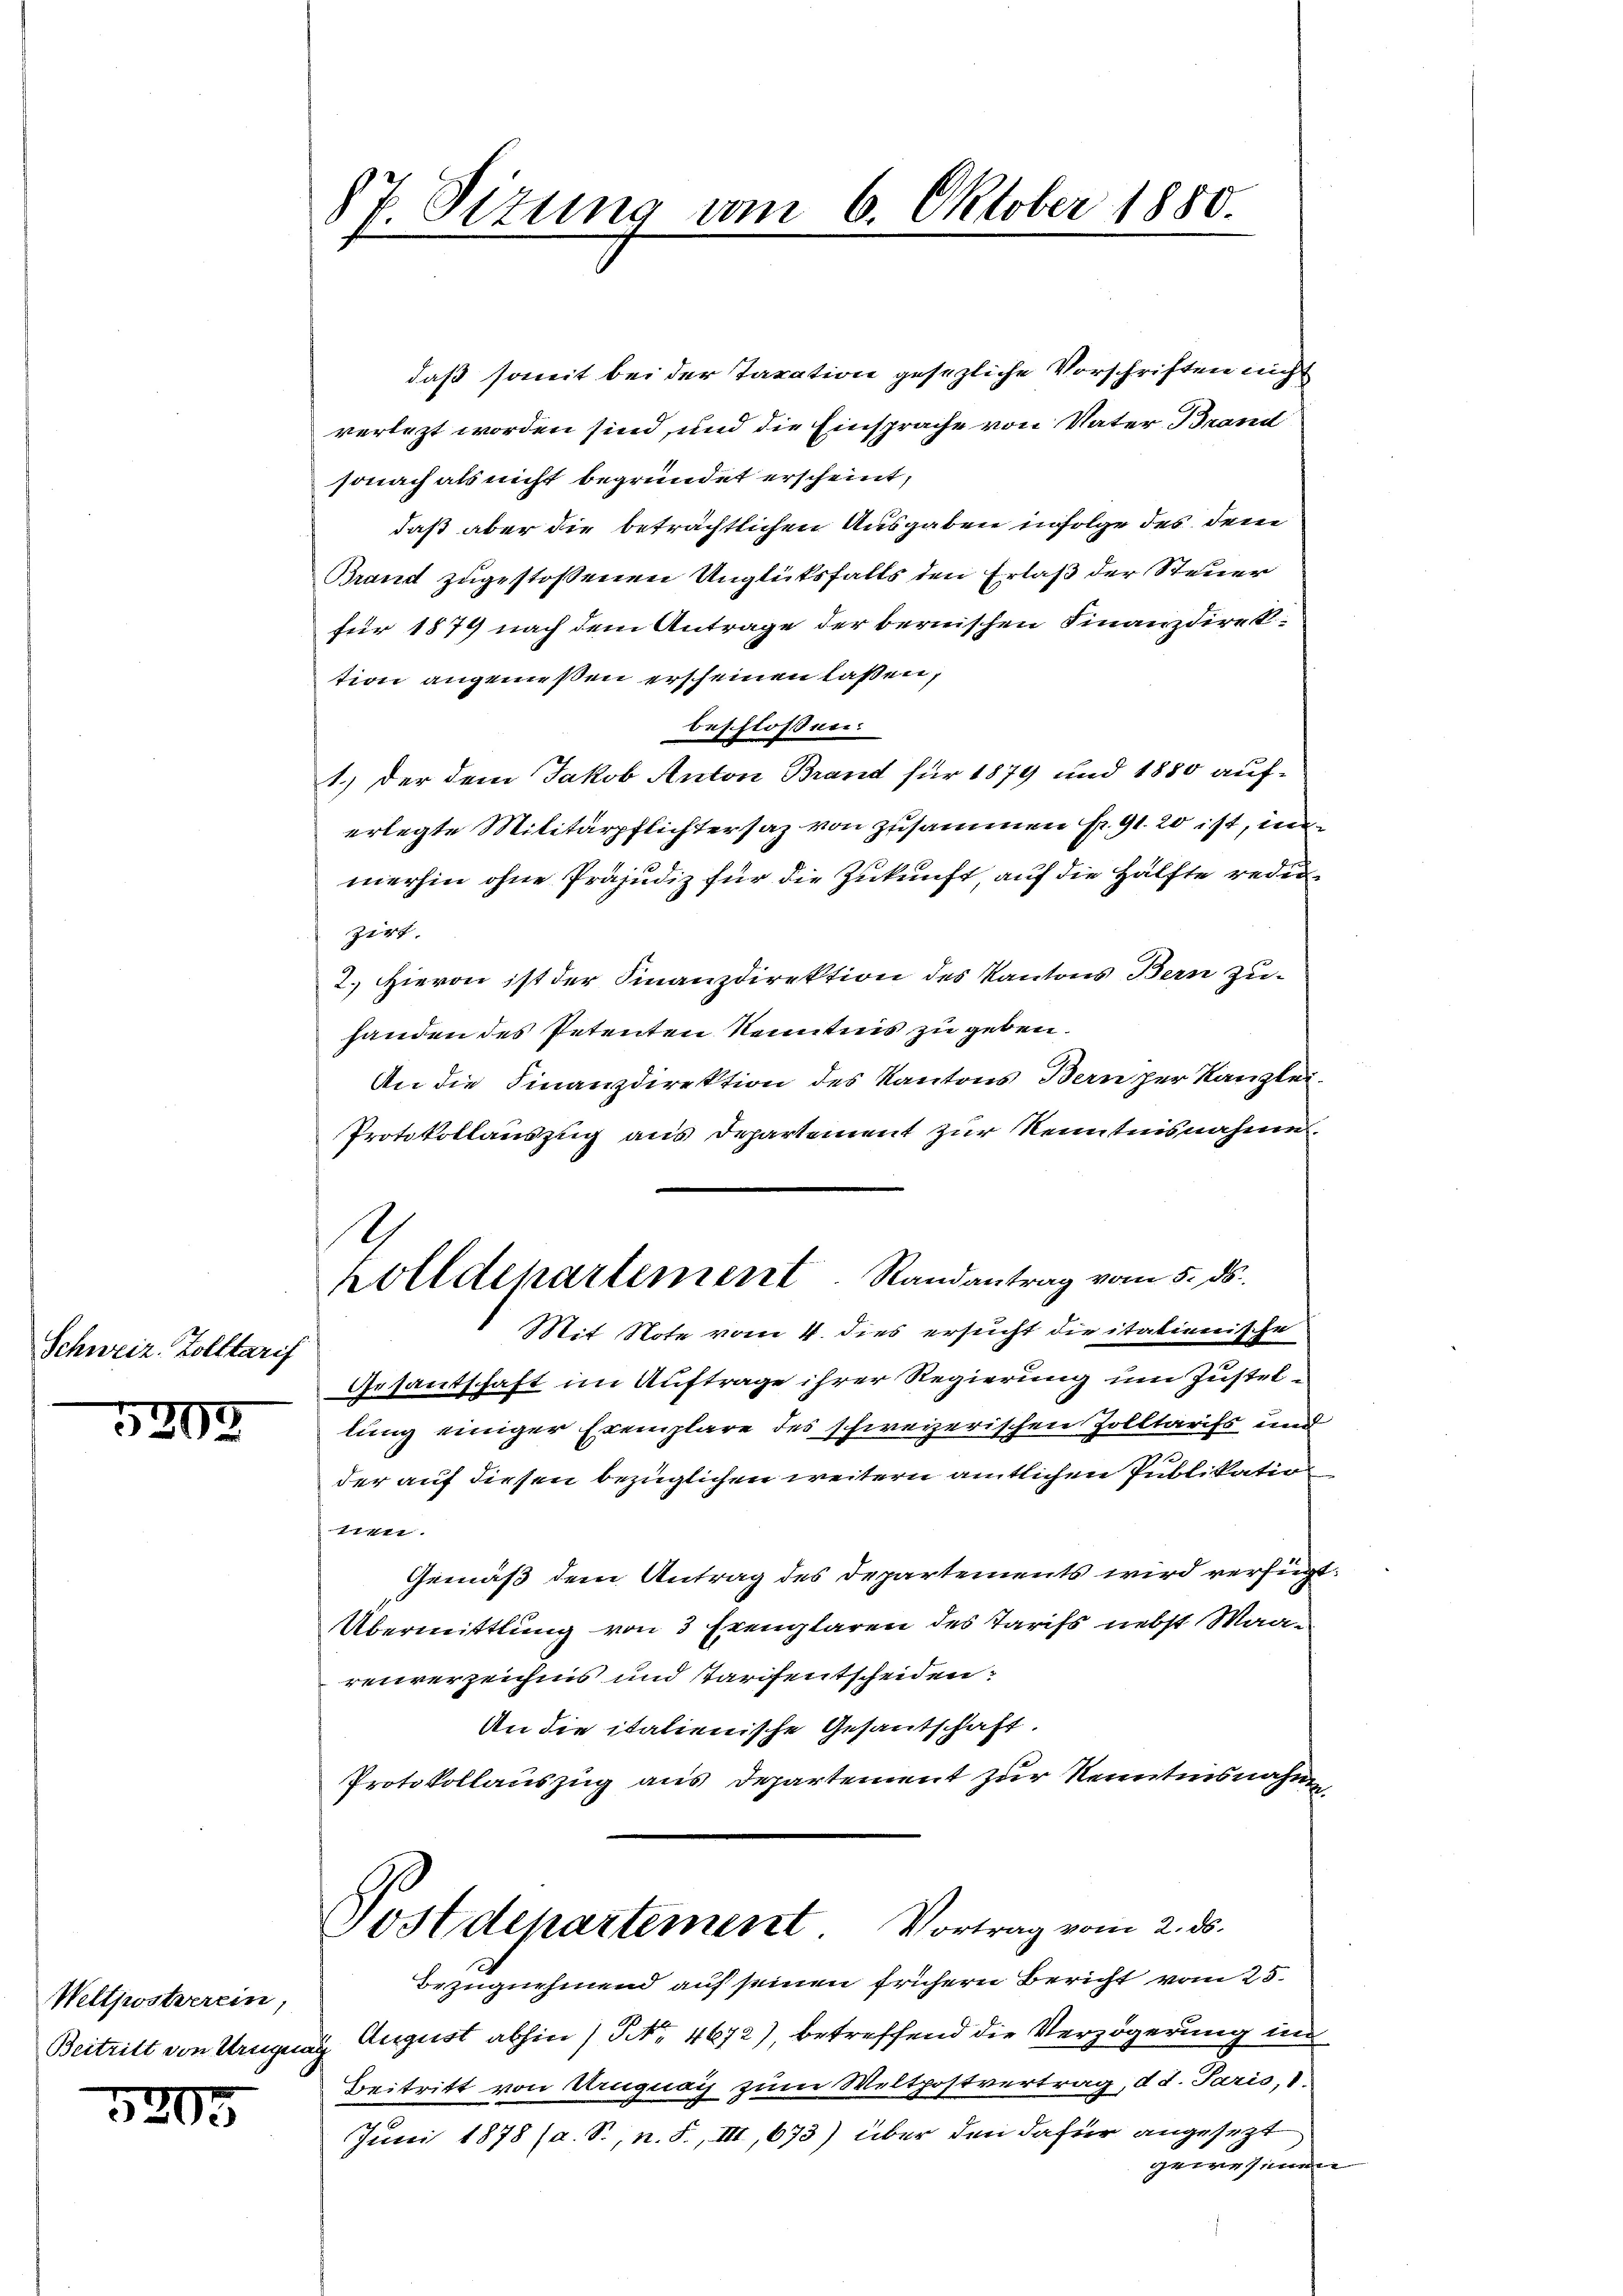
Schweiz. Zolltarif

5203

Weltjwstverein,
Beitritt von Uruguag

5305

87 Sizung vom 6. Oktober 1880.
.

daß somit bei der Taxation gesezliche Vorschriften nicht
verlezt worden sind, und die Einsprache von Vater Brand
sonach als nicht begründet erscheint,
daß aber die beträchtlichen Ausgaben infolge des dem
Brand zugestossenen Unglüksfalls den Erlaß der Steuer
für 1879 nach dem Antrage der bernischen Finanzdirektion angemeßen erscheinen laßen,
beschloßen:
1.) Der dem Jakob Anton Brand für 1879 und 1880 auferlegte Militärpflichtersaz von zusammen Fr. 91. 20 ist, un
merhin ohne Präjudiz für die Zukunft, auf die Hälfte reduzirt.
2.) Hievon ist der Finanzdirektion des Kantons Bern zu-
handen des Petenten Kenntnis zu geben.
An die Finanzdirektion des Kantons Bern per Kanzlei.
Protokollauszug aus Departement zur Kenntnisnahme
Gesantschaft im Auftrage ihrer Regierung um Justellung einiger Exemplare des schweizerischen Zolltarifs und
der auf diesen bezüglichen weitern amtlichen Publikatio
11111.
Gemäß dem Antrag des Departements wird verfügt:
Übermittlung von 3 Exemplaren des Tarifs nebst Waareuverzeichnis und tarifentscheiden:
An die italienische Gesantschaft.
Protokollauszug aus Departement zur Kenntnisnahmen
Postdepartement Vortrag vom 2. ds.
Bezugnehmend auf seinen frühern Bericht vom 25.
August abhin / No. 4672), betreffend die Verzögerung i
Beitritt von Uruguay zum Weltpostvertrag, d. d. Paris, 1
Juni 1878 (a. S., n. F., III, 673) über den dafür angesezt
gewesenen

s
holldepartement. Randantrag vom 5. ds.
Mit Note vom 4. dies ersucht die italienische